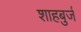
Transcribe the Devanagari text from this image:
शाहबुर्ज